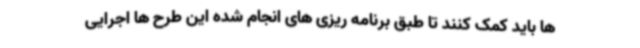
ها باید کمک کنند تا طبق برنامه ریزی های انجام شده این طرح ها اجرایی